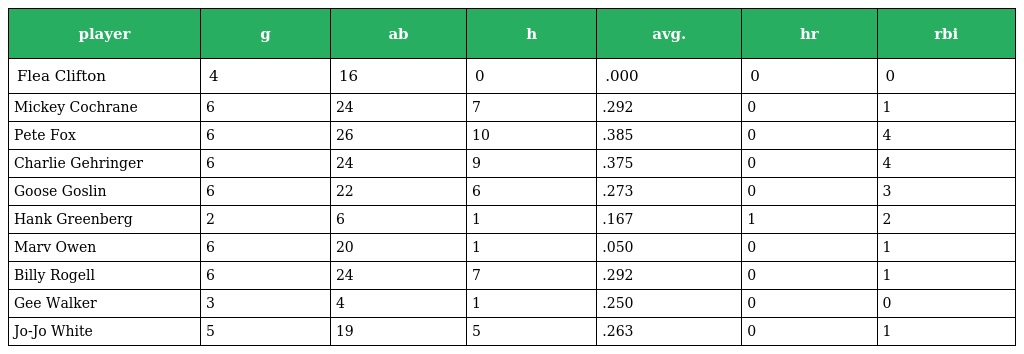
| player | g | ab | h | avg. | hr | rbi |
 | --- | --- | --- | --- | --- | --- | --- |
 | Flea Clifton | 4 | 16 | 0 | .000 | 0 | 0 |
 | Mickey Cochrane | 6 | 24 | 7 | .292 | 0 | 1 |
 | Pete Fox | 6 | 26 | 10 | .385 | 0 | 4 |
 | Charlie Gehringer | 6 | 24 | 9 | .375 | 0 | 4 |
 | Goose Goslin | 6 | 22 | 6 | .273 | 0 | 3 |
 | Hank Greenberg | 2 | 6 | 1 | .167 | 1 | 2 |
 | Marv Owen | 6 | 20 | 1 | .050 | 0 | 1 |
 | Billy Rogell | 6 | 24 | 7 | .292 | 0 | 1 |
 | Gee Walker | 3 | 4 | 1 | .250 | 0 | 0 |
 | Jo-Jo White | 5 | 19 | 5 | .263 | 0 | 1 |